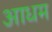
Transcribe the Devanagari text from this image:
आधम